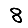
Digit: 8